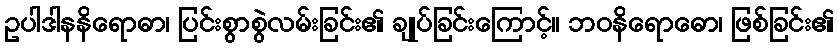
ဥပါဒါနနိရောဓာ၊ ပြင်းစွာစွဲလမ်းခြင်း၏ ချုပ်ခြင်းကြောင့်။ ဘဝနိရောဓော၊ ဖြစ်ခြင်း၏